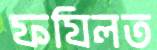
ফযিলত